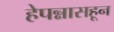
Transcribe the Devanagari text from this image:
हेपन्नासहून